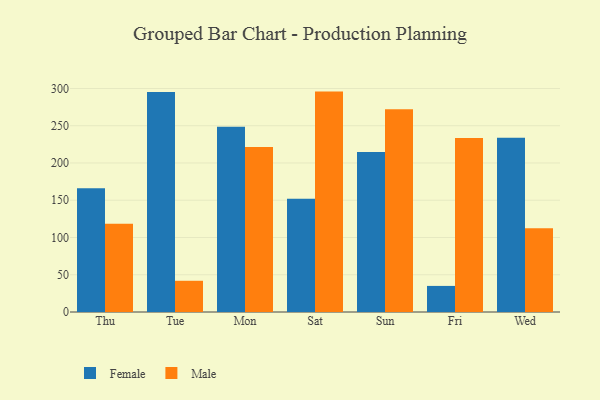
{"axis": {"x": "Day", "y": "Production Output"}, "legend": ["Female", "Male"], "data": [{"x": "Thu", "y": 166.1, "type": "Female"}, {"x": "Thu", "y": 118.3, "type": "Male"}, {"x": "Tue", "y": 295.3, "type": "Female"}, {"x": "Tue", "y": 41.9, "type": "Male"}, {"x": "Mon", "y": 248.6, "type": "Female"}, {"x": "Mon", "y": 221.3, "type": "Male"}, {"x": "Sat", "y": 152.1, "type": "Female"}, {"x": "Sat", "y": 295.8, "type": "Male"}, {"x": "Sun", "y": 214.8, "type": "Female"}, {"x": "Sun", "y": 272.1, "type": "Male"}, {"x": "Fri", "y": 35.0, "type": "Female"}, {"x": "Fri", "y": 233.6, "type": "Male"}, {"x": "Wed", "y": 233.7, "type": "Female"}, {"x": "Wed", "y": 112.4, "type": "Male"}]}